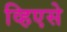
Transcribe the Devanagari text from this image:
व्हिएसे